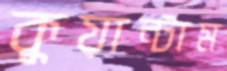
কুয়ান্টাম